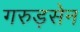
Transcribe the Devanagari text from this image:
गरुड़सेन